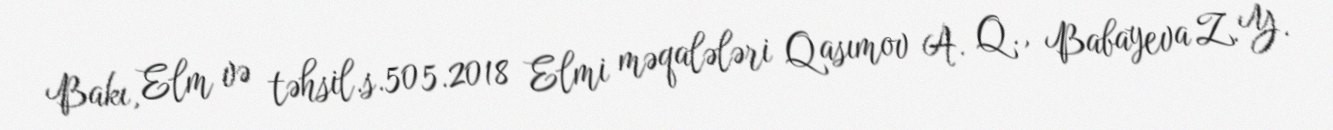
Bakı, Elm və təhsil.s.505.2018 Elmi məqalələri Qasımov A. Q., Babayeva Z. Y.